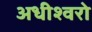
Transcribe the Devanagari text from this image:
अधीश्वरो